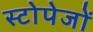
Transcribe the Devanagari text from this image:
स्टोपेजों